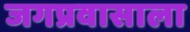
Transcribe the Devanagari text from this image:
जगप्रवासाला